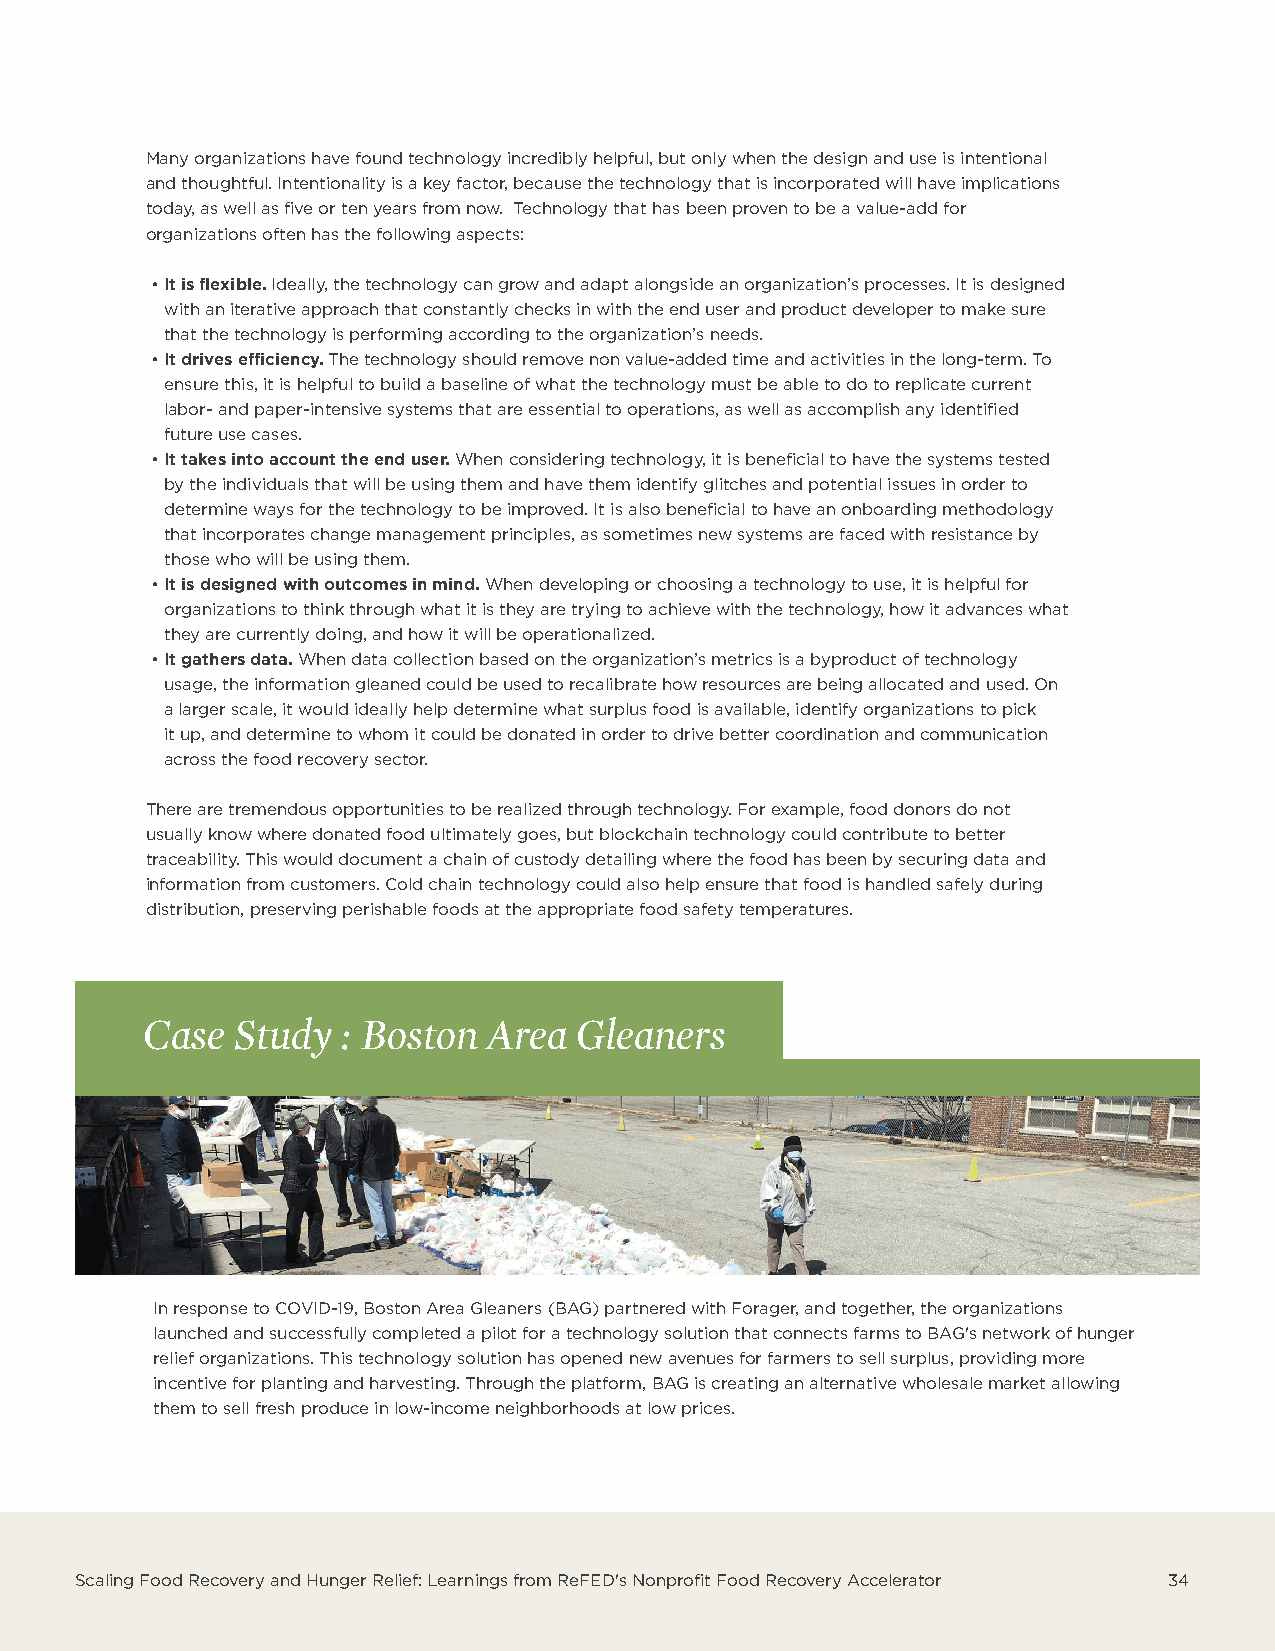
Many organizations have found technology incredibly helpful, but only when the design and use is intentional
 and thoughtful. Intentionality is a key factor, because the technology that is incorporated will have implications
 today, as well as five or ten years from now. Technology that has been proven to be a value-add for
 organizations often has the following aspects:
 •It is flexible. Ideally, the technology can grow and adapt alongside an organization’s processes. It is designed
 with an iterative approach that constantly checks in with the end user and product developer to make sure
 that the technology is performing according to the organization’s needs.
 •It drives efficiency. The technology should remove non value-added time and activities in the long-term. To
 ensure this, it is helpful to build a baseline of what the technology must be able to do to replicate current
 labor- and paper-intensive systems that are essential to operations, as well as accomplish any identified
 future use cases.
 •It takes into account the end user. When considering technology, it is beneficial to have the systems tested
 by the individuals that will be using them and have them identify glitches and potential issues in order to
 determine ways for the technology to be improved. It is also beneficial to have an onboarding methodology
 that incorporates change management principles, as sometimes new systems are faced with resistance by
 those who will be using them.
 •It is designed with outcomes in mind. When developing or choosing a technology to use, it is helpful for
 organizations to think through what it is they are trying to achieve with the technology, how it advances what
 they are currently doing, and how it will be operationalized.
 •It gathers data. When data collection based on the organization’s metrics is a byproduct of technology
 usage, the information gleaned could be used to recalibrate how resources are being allocated and used. On
 a larger scale, it would ideally help determine what surplus food is available, identify organizations to pick
 it up, and determine to whom it could be donated in order to drive better coordination and communication
 across the food recovery sector.
 There are tremendous opportunities to be realized through technology. For example, food donors do not
 usually know where donated food ultimately goes, but blockchain technology could contribute to better
 traceability. This would document a chain of custody detailing where the food has been by securing data and
 information from customers. Cold chain technology could also help ensure that food is handled safely during
 distribution, preserving perishable foods at the appropriate food safety temperatures.
 Case  Study   : Boston Area  Gleaners
 In response to COVID-19, Boston Area Gleaners (BAG) partnered with Forager, and together, the organizations
 launched and successfully completed a pilot for a technology solution that connects farms to BAG's network of hunger
 relief organizations. This technology solution has opened new avenues for farmers to sell surplus, providing more
 incentive for planting and harvesting. Through the platform, BAG is creating an alternative wholesale market allowing
 them to sell fresh produce in low-income neighborhoods at low prices.
 Scaling Food Recovery and Hunger Relief: Learnings from ReFED's Nonprofit Food Recovery Accelerator 34